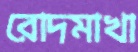
রোদমাখা